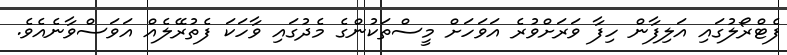
ފެޓްރޯލުގައި އަލިފާން ހިފާ ވަރަށްވުރެ އަވަހަށް މީސްތަކުންގެ މެދުގައި ވާހަކަ ފެތުރޭލެއް އަވަސްވާނެއެވެ.